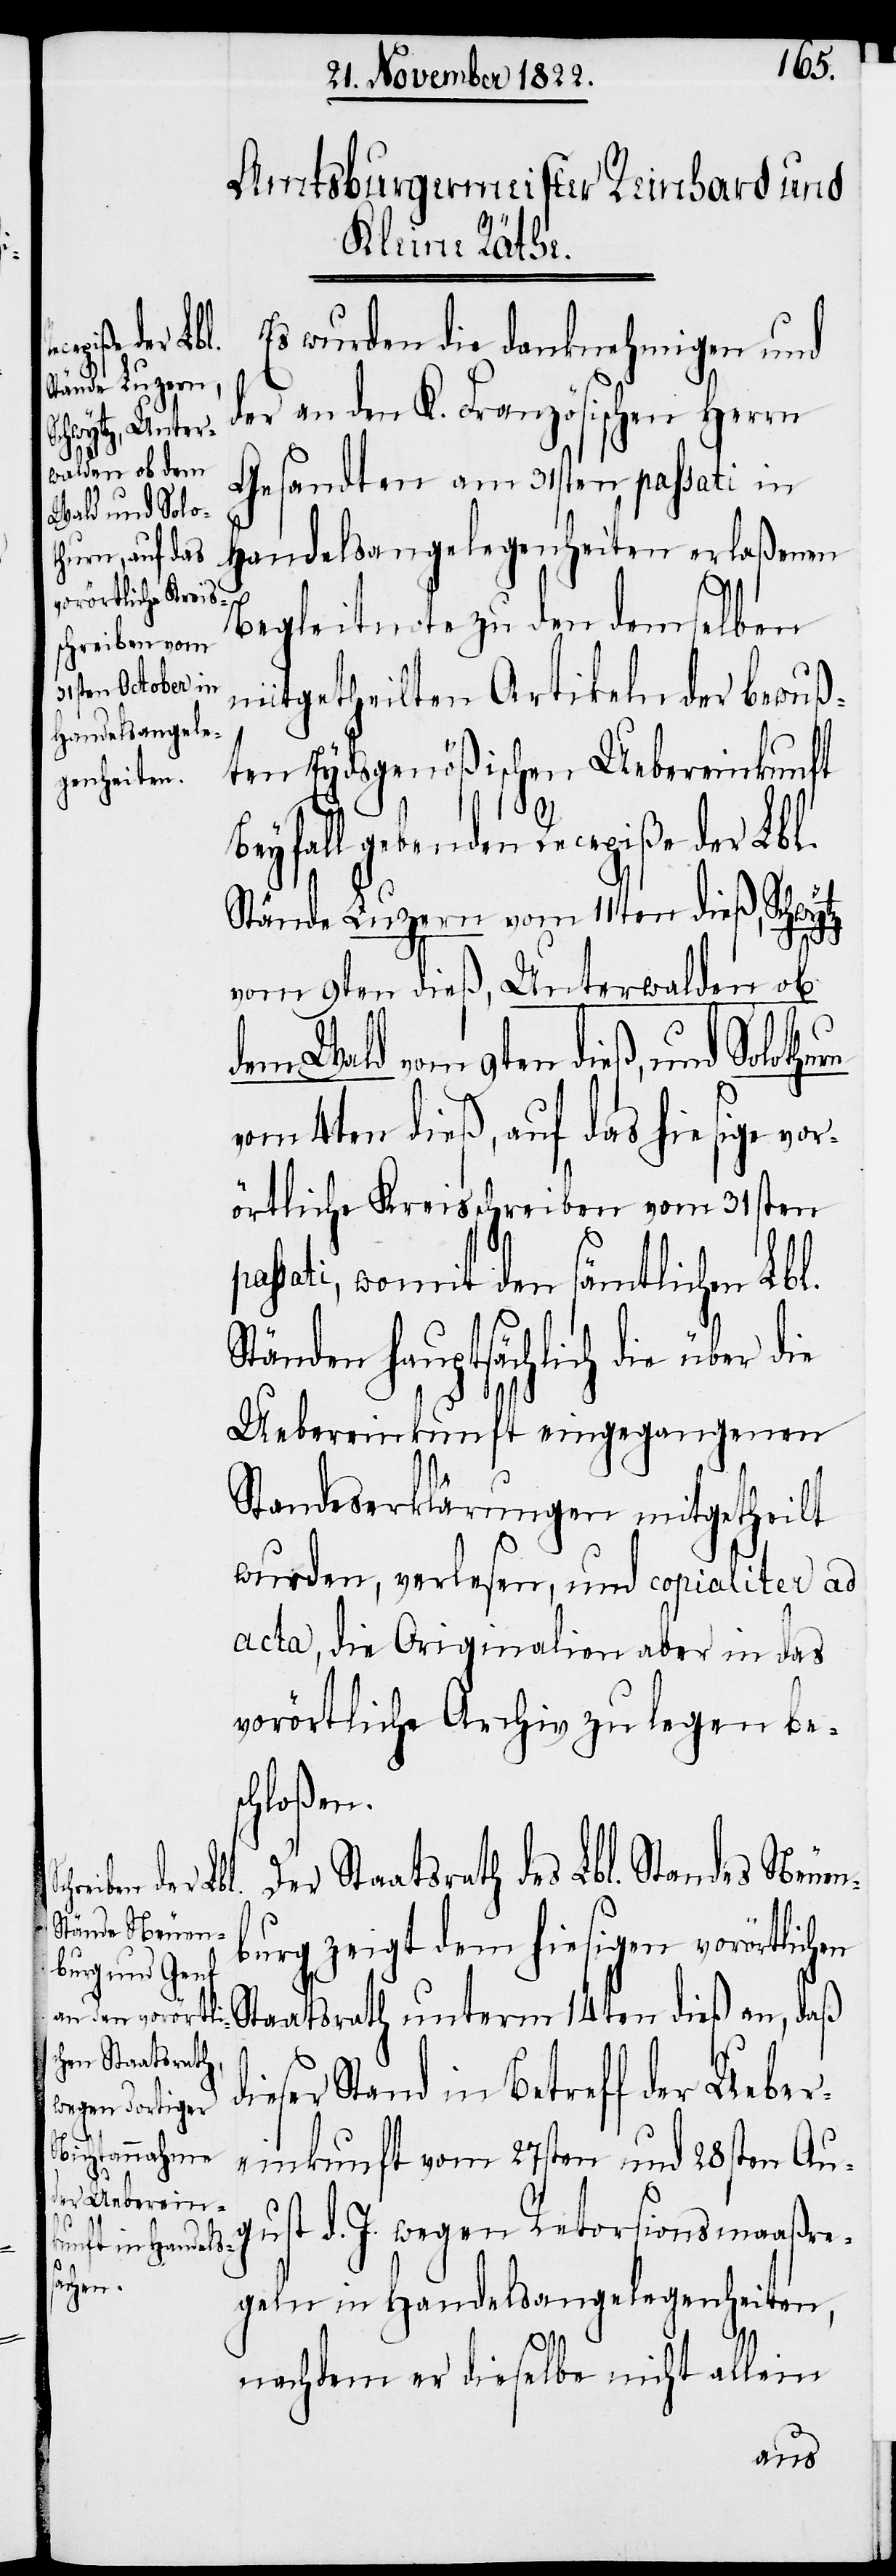
Es wurden die danknehmigen und
der an den K. Französischen Herrn
d¬
Gesandten am 31sten passati in
Handelsangelegenheiten erlaßenen
Begleitnote zu den demselben
mitgetheilten Artikeln der bewuß¬
ten Eydsgenößischen Uebereinkunft
Beyfall gebenden Recepiße der Lbl.
Stände Luzern vom 11ten dieß, Schwytz
vom 9ten dieß, Unterwalden ob
dem Wald vom 9ten dieß, und Solothu¬
vom 4ten dieß, auf das hiesige vor¬
örtliche Kreisschreiben vom 31sten
ssati, womit den sämtlichen Lbl.
Ständen hauptsächlich die über die
Uebereinkunft eingegangenen
Standeserklärungen mitgetheilt
wurden, verlesen, und copialiter ac
acta, die Originalien aber in das
vorörtliche Archiv zu legen be¬
schloßen.
Der Staatsrath des Lbl. Standes Neuen¬
burg zeigt dem hiesigen vorörtlich¬
Staatsrath unterm 14ten dieß an, daß
ieser Stand in Betreff der Ueber¬
einkunft vom 27sten und 28sten Au¬
gust d. J. wegen Retorsionsmaaßre¬
geln in Handelsangelegenheiten,
nachdem er dieselbe nicht allein